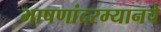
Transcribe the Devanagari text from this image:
भाषणांदरम्यानचे